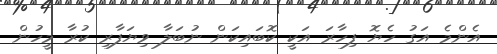
އެންމެ އަގު ހެޔޮ ފިހާރަ އަކީ ކޮބައިކަން ނުބަލާ ވިޔަފާރި ކުރާ މީހުން